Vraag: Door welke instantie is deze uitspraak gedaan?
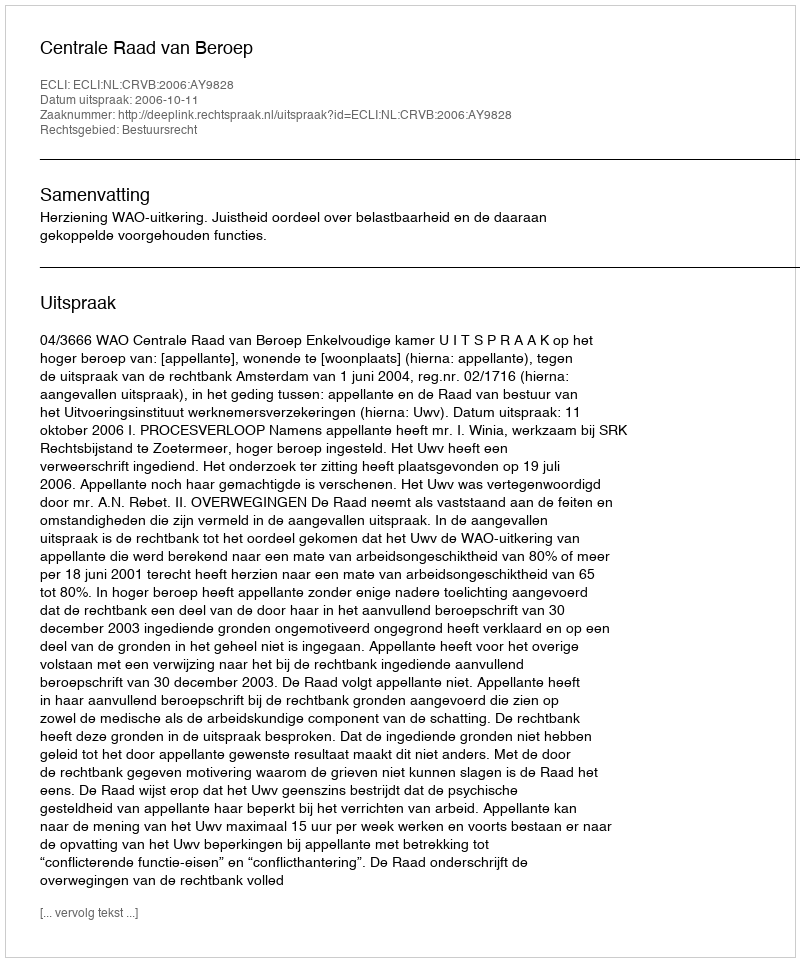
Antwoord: Centrale Raad van Beroep